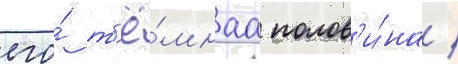
его́ т'ё́мнаа полов'и́на /